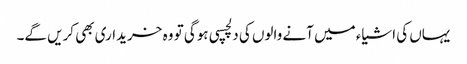
یہاں کی اشیاء میں آنے والوں کی دلچسپی ہوگی تو وہ خریداری بھی کریں گے۔